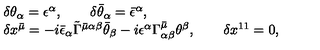
\begin{array} { l } { \delta \theta _ { \alpha } = \epsilon ^ { \alpha } , \qquad \delta \bar { \theta } _ { \alpha } = \bar { \epsilon } ^ { \alpha } , } \\ { \delta x ^ { \bar { \mu } } = - i \bar { \epsilon } _ { \alpha } \tilde { \Gamma } ^ { \bar { \mu } \alpha \beta } \bar { \theta } _ { \beta } - i \epsilon ^ { \alpha } \Gamma _ { \alpha \beta } ^ { \bar { \mu } } \theta ^ { \beta } , \qquad \delta x ^ { 1 1 } = 0 , } \\ \end{array}